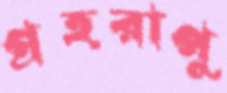
গ্রহরাপু